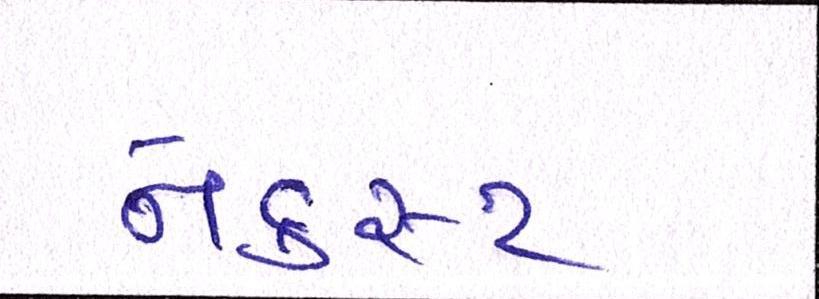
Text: નેક્સ્ટ